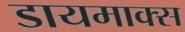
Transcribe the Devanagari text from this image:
डायमाक्स